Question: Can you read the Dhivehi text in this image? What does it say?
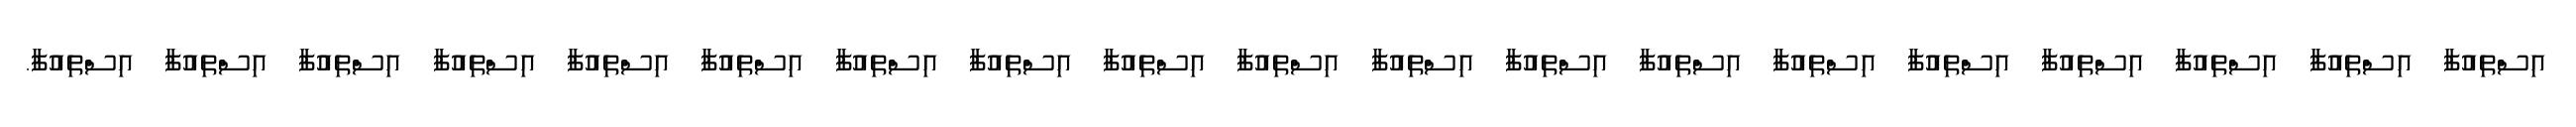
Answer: އިސްތިއުފާ އިސްތިއުފާ އިސްތިއުފާ އިސްތިއުފާ އިސްތިއުފާ އިސްތިއުފާ އިސްތިއުފާ އިސްތިއުފާ އިސްތިއުފާ އިސްތިއުފާ އިސްތިއުފާ އިސްތިއުފާ އިސްތިއުފާ އިސްތިއުފާ އިސްތިއުފާ އިސްތިއުފާ އިސްތިއުފާ އިސްތިއުފާ އިސްތިއުފާ.